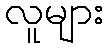
လူများ